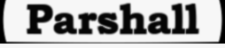
Parshall